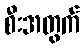
စီးအတွက်